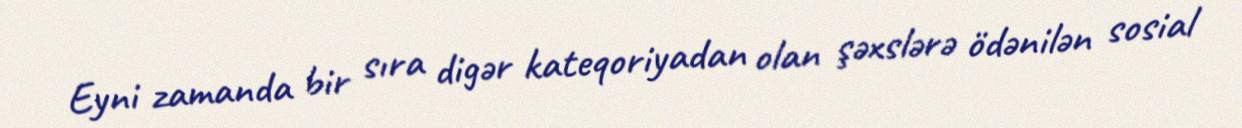
Eyni zamanda bir sıra digər kateqoriyadan olan şəxslərə ödənilən sosial